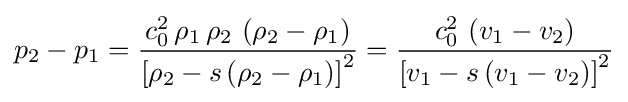
p_{2}-p_{1}={\frac {c_{0}^{2}\,\rho _{1}\,\rho _{2}\,\left(\rho _{2}-\rho _{1}\right)}{\left[\rho _{2}-s\left(\rho _{2}-\rho _{1}\right)\right]^{2}}}={\frac {c_{0}^{2}\,\left(v_{1}-v_{2}\right)}{\left[v_{1}-s\left(v_{1}-v_{2}\right)\right]^{2}}}